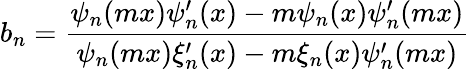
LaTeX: b_{n}=\frac{\psi_{n}(mx)\psi_{n}^{\prime}(x)-m\psi_{n}(x)\psi_{n}^{\prime}(mx)}{\psi_{n}(mx)\xi_{n}^{\prime}(x)-m\xi_{n}(x)\psi_{n}^{\prime}(mx)}